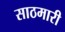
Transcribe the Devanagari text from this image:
साठमारी